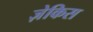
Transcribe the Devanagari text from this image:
ज़ेकिस